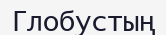
Глобустың